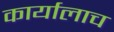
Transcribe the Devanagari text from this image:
कार्यालाच